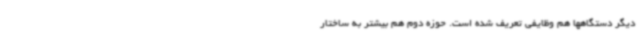
دیگر دستگاهها هم وظایفی تعریف شده است. حوزه دوم هم بیشتر به ساختار